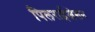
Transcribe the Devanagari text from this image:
पिलराईजेशन